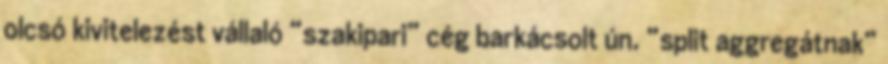
olcsó kivitelezést vállaló “szakipari” cég barkácsolt ún. “split aggregátnak”